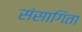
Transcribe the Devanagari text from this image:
संसागिता